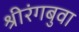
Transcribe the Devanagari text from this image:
श्रीरंगबुवा